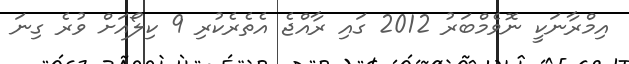
އިމްރާނަކީ ނޮވެމްބަރު 2012 ގައި ރާއްޖެ އެތެރެކުރި 9 ކިލޯއަށް ވުރެ ގިނަ